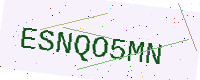
Text: ESNQO5MN